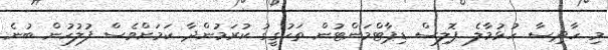
މި ހާދިސާ ހުޅުމާލެ ޕޮލިސް ޑިޕާޓްމަންޓުން ތަހުގީގު ކުރަމުންދާ ކަމަށްވެސް ފުލުހުން ބުނެ